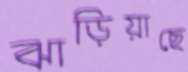
ঝাড়িয়াছে